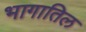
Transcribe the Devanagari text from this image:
भागातिल